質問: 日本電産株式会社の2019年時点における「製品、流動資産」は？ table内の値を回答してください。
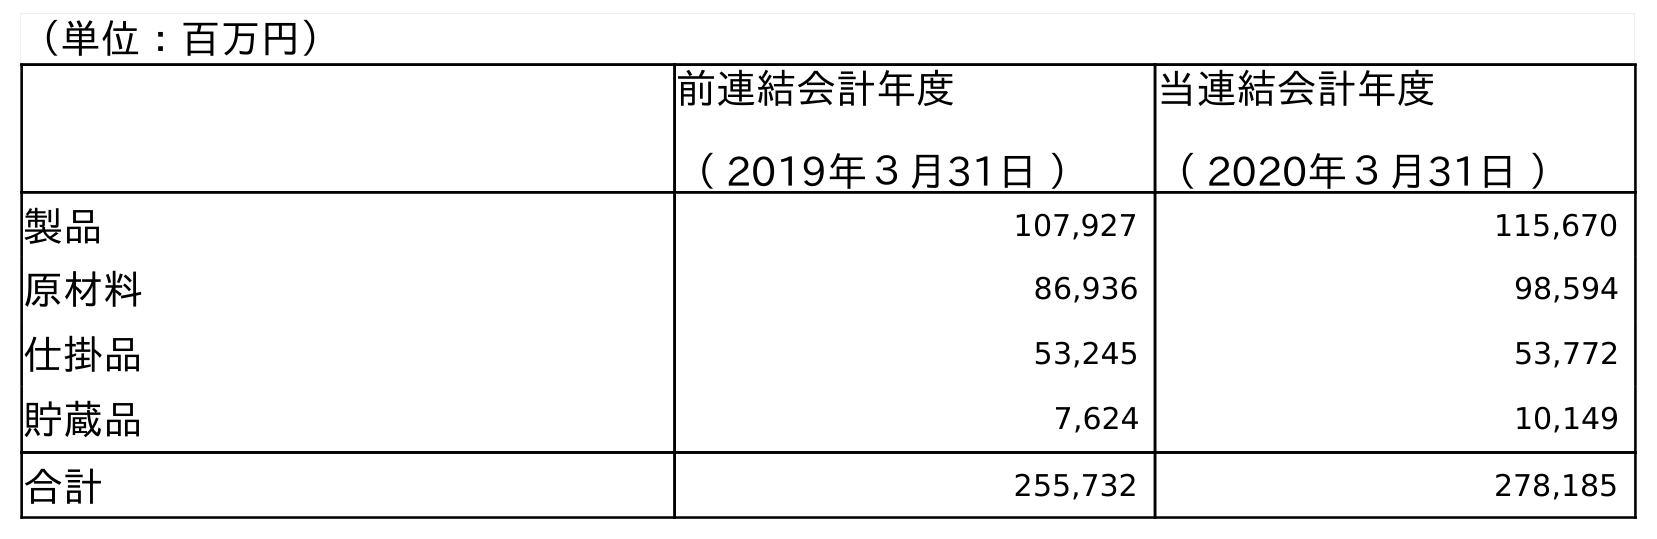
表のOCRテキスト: （単位：百万円） 前連結会計年度 （ 2019年３月31日 ） 当連結会計年度 （ 2020年３月31日 ） 製品 107,927 115,670 原材料 86,936 98,594 仕掛品 53,245 53,772 貯蔵品 7,624 10,149 合計 255,732 278,185
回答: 107,927